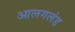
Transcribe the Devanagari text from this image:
आलगलंड